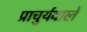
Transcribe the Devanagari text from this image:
प्राचुर्यवाले